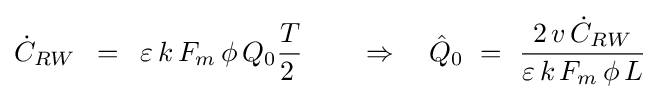
{\dot {C}}_{RW}\,\,\,=\,\,\,\varepsilon \,k\,F_{m}\,\phi \,Q_{0}{T \over {2\,}}\,\,\,\,\,\,\,\,\,\,\,\,\Rightarrow \,\,\,\,\,\,{\hat {Q}}_{0}\,\,=\,\,{{2\,v\,{\dot {C}}_{RW}} \over {\varepsilon \,k\,F_{m}\,\phi \,L}}